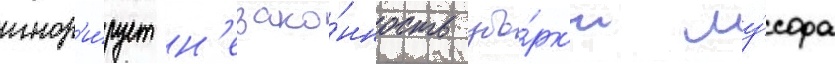
игнор'и́рует н'езако́нность убо́рк'и му́сора